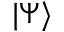
| \Psi \rangle